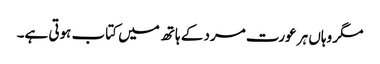
مگر وہاں ہر عورت مرد کے ہاتھ میں کتاب ہوتی ہے۔